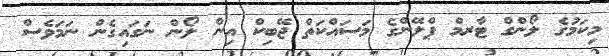
މިކަމުގެ ލޯންގް ޓާރމް ޕްލޭންގެ މަސައްކަތް ޖޭބިކް އިން ލޯން ނަގައިގެން ނަމަވެސް